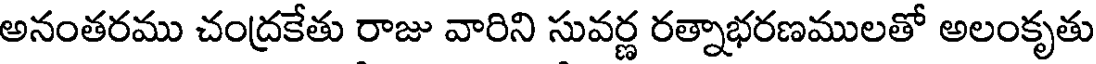
అనంతరము చంద్రకేతు రాజు వారిని సువర్ణ రత్నాభరణములతో అలంకృతు